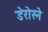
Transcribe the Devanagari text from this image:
डेरोस्ने